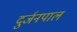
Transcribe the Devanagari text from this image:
दुर्जनपाल